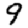
Digit: 9